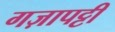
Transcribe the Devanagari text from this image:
गज़ापट्टी